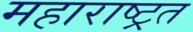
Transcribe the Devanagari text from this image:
महाराष्ट्रत